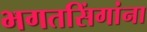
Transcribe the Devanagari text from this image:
भगतसिंगांना